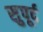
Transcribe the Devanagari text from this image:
सुुपूर्द